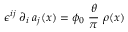
\epsilon ^ { i j } \; \partial _ { i } \; a _ { j } ( x ) = \phi _ { 0 } \; \frac { \theta } { \pi } \; \rho ( x )